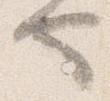
也